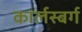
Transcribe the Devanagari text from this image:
कार्लस्बर्ग